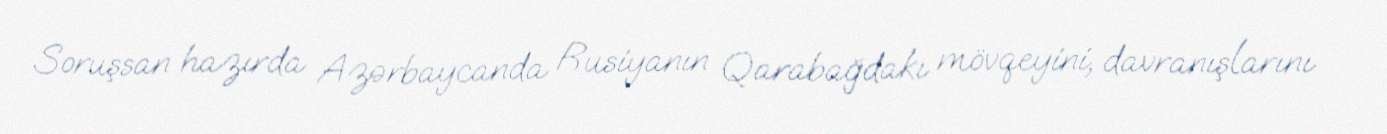
Soruşsan hazırda Azərbaycanda Rusiyanın Qarabağdakı mövqeyini, davranışlarını